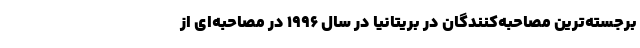
برجسته‌ترین مصاحبه‌کنندگان در بریتانیا در سال ۱۹۹۶ در مصاحبه‌ای از